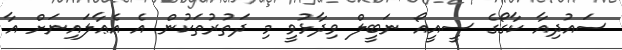
ސައުދިއާ ކާގޯގެ ސީއީއޯ ނަބީލް ވިދާޅުވީ މި ދަތުރުތަކުން އެ އެޢާލައިނަށް އާ